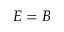
E = B